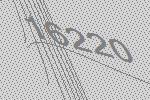
16220